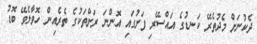
ދެކުނަށް މެދުތެރޭ ކަނޑުގެ އައްސޭރި ފަށުގައި އޮންނަ ރަށްތަކުގެ ތެރެއިން ހޮވާލެވޭ ބޮޑު